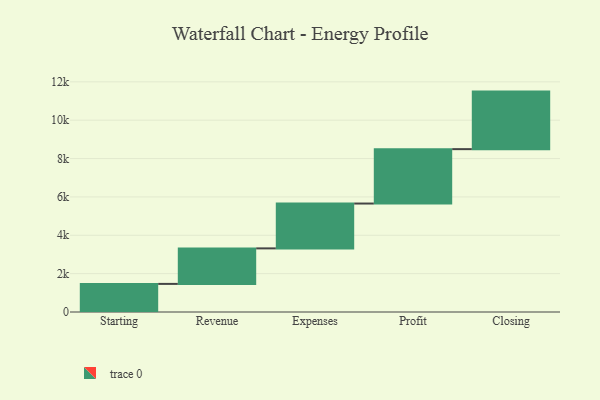
{"axis": {"x": "Step", "y": "Value"}, "legend": [""], "data": [{"x": "Starting", "y": 1465.0, "type": ""}, {"x": "Revenue", "y": 1852.0, "type": ""}, {"x": "Expenses", "y": 2338.0, "type": ""}, {"x": "Profit", "y": 2836.0, "type": ""}, {"x": "Closing", "y": 3000, "type": ""}]}